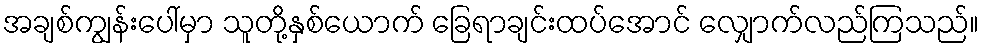
အချစ်ကျွန်းပေါ်မှာ သူတို့နှစ်ယောက် ခြေရာချင်းထပ်အောင် လျှောက်လည်ကြသည်။